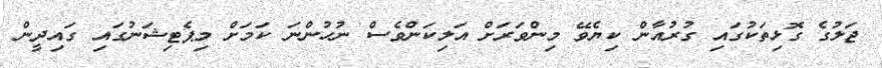
ޖަލުގެ ގޮޅިތަކުގައި ގުރުއާން ކިޔެވޭ މިންވަރަށް އަލިކަންވެސް ނުހުންނަ ކަމަށް މިޕެޓިޝަނުގައި ގައިދީން